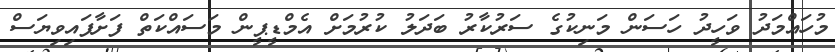
މުހައްމަދު ވަހީދު ހަސަން މަނިކުގެ ސަރުކާރު ބަދަލު ކުރުމަށް އެމްޑީޕީން މަސައްކަތް ފަށާފައިވިޔަސް